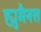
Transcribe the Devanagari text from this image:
ह्युमैनस